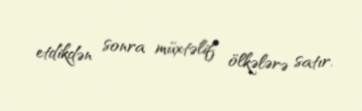
etdikdən sonra müxtəlif ölkələrə satır.